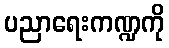
ပညာရေးကဏ္ဍကို